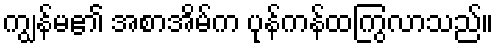
ကျွန်မ၏ အစာအိမ်က ပုန်ကန်ထကြွလာသည်။